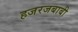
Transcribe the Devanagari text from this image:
हजरजबाबी